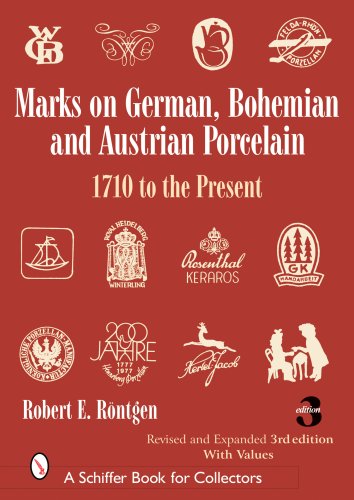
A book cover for Marks on German, Bohemian, And Austrian Porcelain: 1710 to the Present (Schiffer Book for Collectors); Robert E. Roentgen; Crafts, Hobbies & Home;